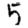
Digit: 5